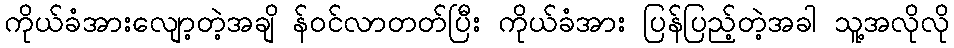
ကိုယ်ခံအားလျော့တဲ့အချိ န်ဝင်လာတတ်ပြီး ကိုယ်ခံအား ပြန်ပြည့်တဲ့အခါ သူ့အလိုလို